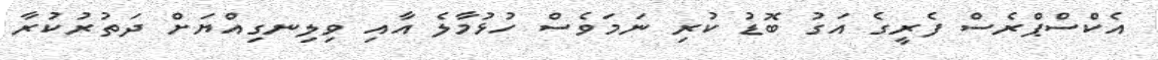
އެކްސްޕްރެސް ފެރީގެ އަގު ބޮޑު ކުރި ނަމަވެސް ހުޅުމާލެ އާއި ވިލިނގިއްޔަށް ދަތުރުކުރާ